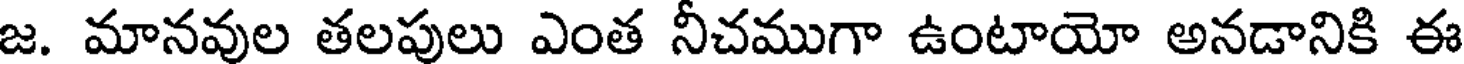
జ. మానవుల తలపులు ఎంత నీచముగా ఉంటాయో అనడానికి ఈ